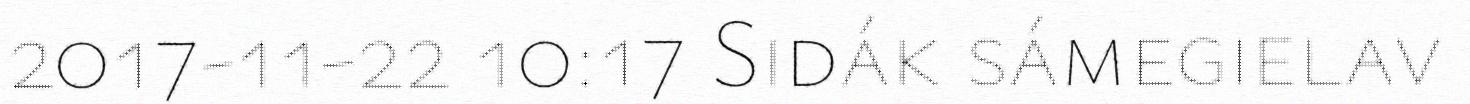
2017-11-22 10:17 Sidák sámegielav